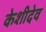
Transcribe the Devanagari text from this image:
केशीदेव